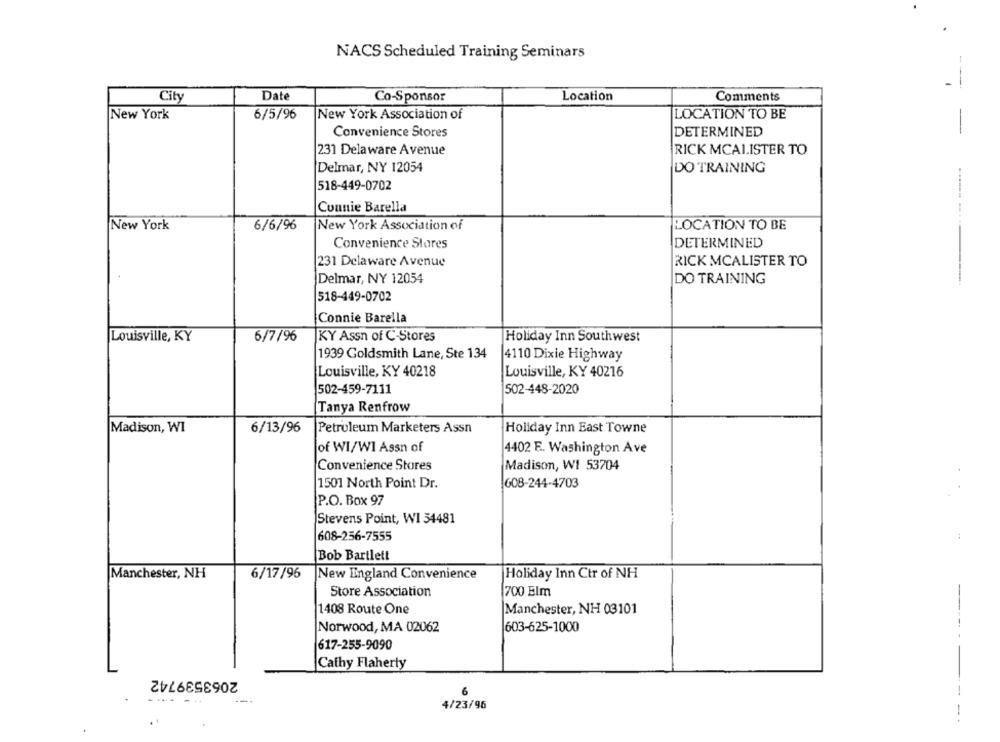
NACS Scheduled Training Seminars
City
Date
Location
Co-Sponsor
Comments
New York
6/5/96
New York Association of
LOCATION TO BE
Convenience Stores
DETERMINED
-- -
231 Delaware Avenue
RICK MCALISTER TO
Delmar, NY 12054
DO TRAINING
518-449-0702
Connie Barella
New York
6/6/96
New York Association of
LOCATION TO BE
Convenience Stores
DETERMINED
231 Delaware Avenue
RICK MCALISTER TO
Delmar, NY 12054
DO TRAINING
518-449-0702
Connie Barella
Louisville, KY
6/7/96
KY Assn of C-Stores
Holiday Inn Southwest
1939 Goldsmith Lane, Ste 134
4110 Dixie Highway
Louisville, KY 40218
Louisville, KY 40216
502-459-7111
502-448-2020
Tanya Renfrow
Madison, WI
6/13/96
Petroleum Marketers Assn
Holiday Inn East Towne
of WI/WI Assn of
4402 E. Washington Ave
Convenience Stores
Madison, WI 53704
1501 North Point Dr.
608-244-4703
P.O. Box 97
Stevens Point, WI 54481
608-256-7555
:
Bob Bartlett
Manchester, NH
6/17/96
New England Convenience
Holiday Inn Ctr of NH
Store Association
700 Elm
1408 Route One
Manchester, NH 03101
Norwood, MA 02062
603-625-1000
617-255-9090
Cathy Flaherty
2063539742
6
-
4/23/96